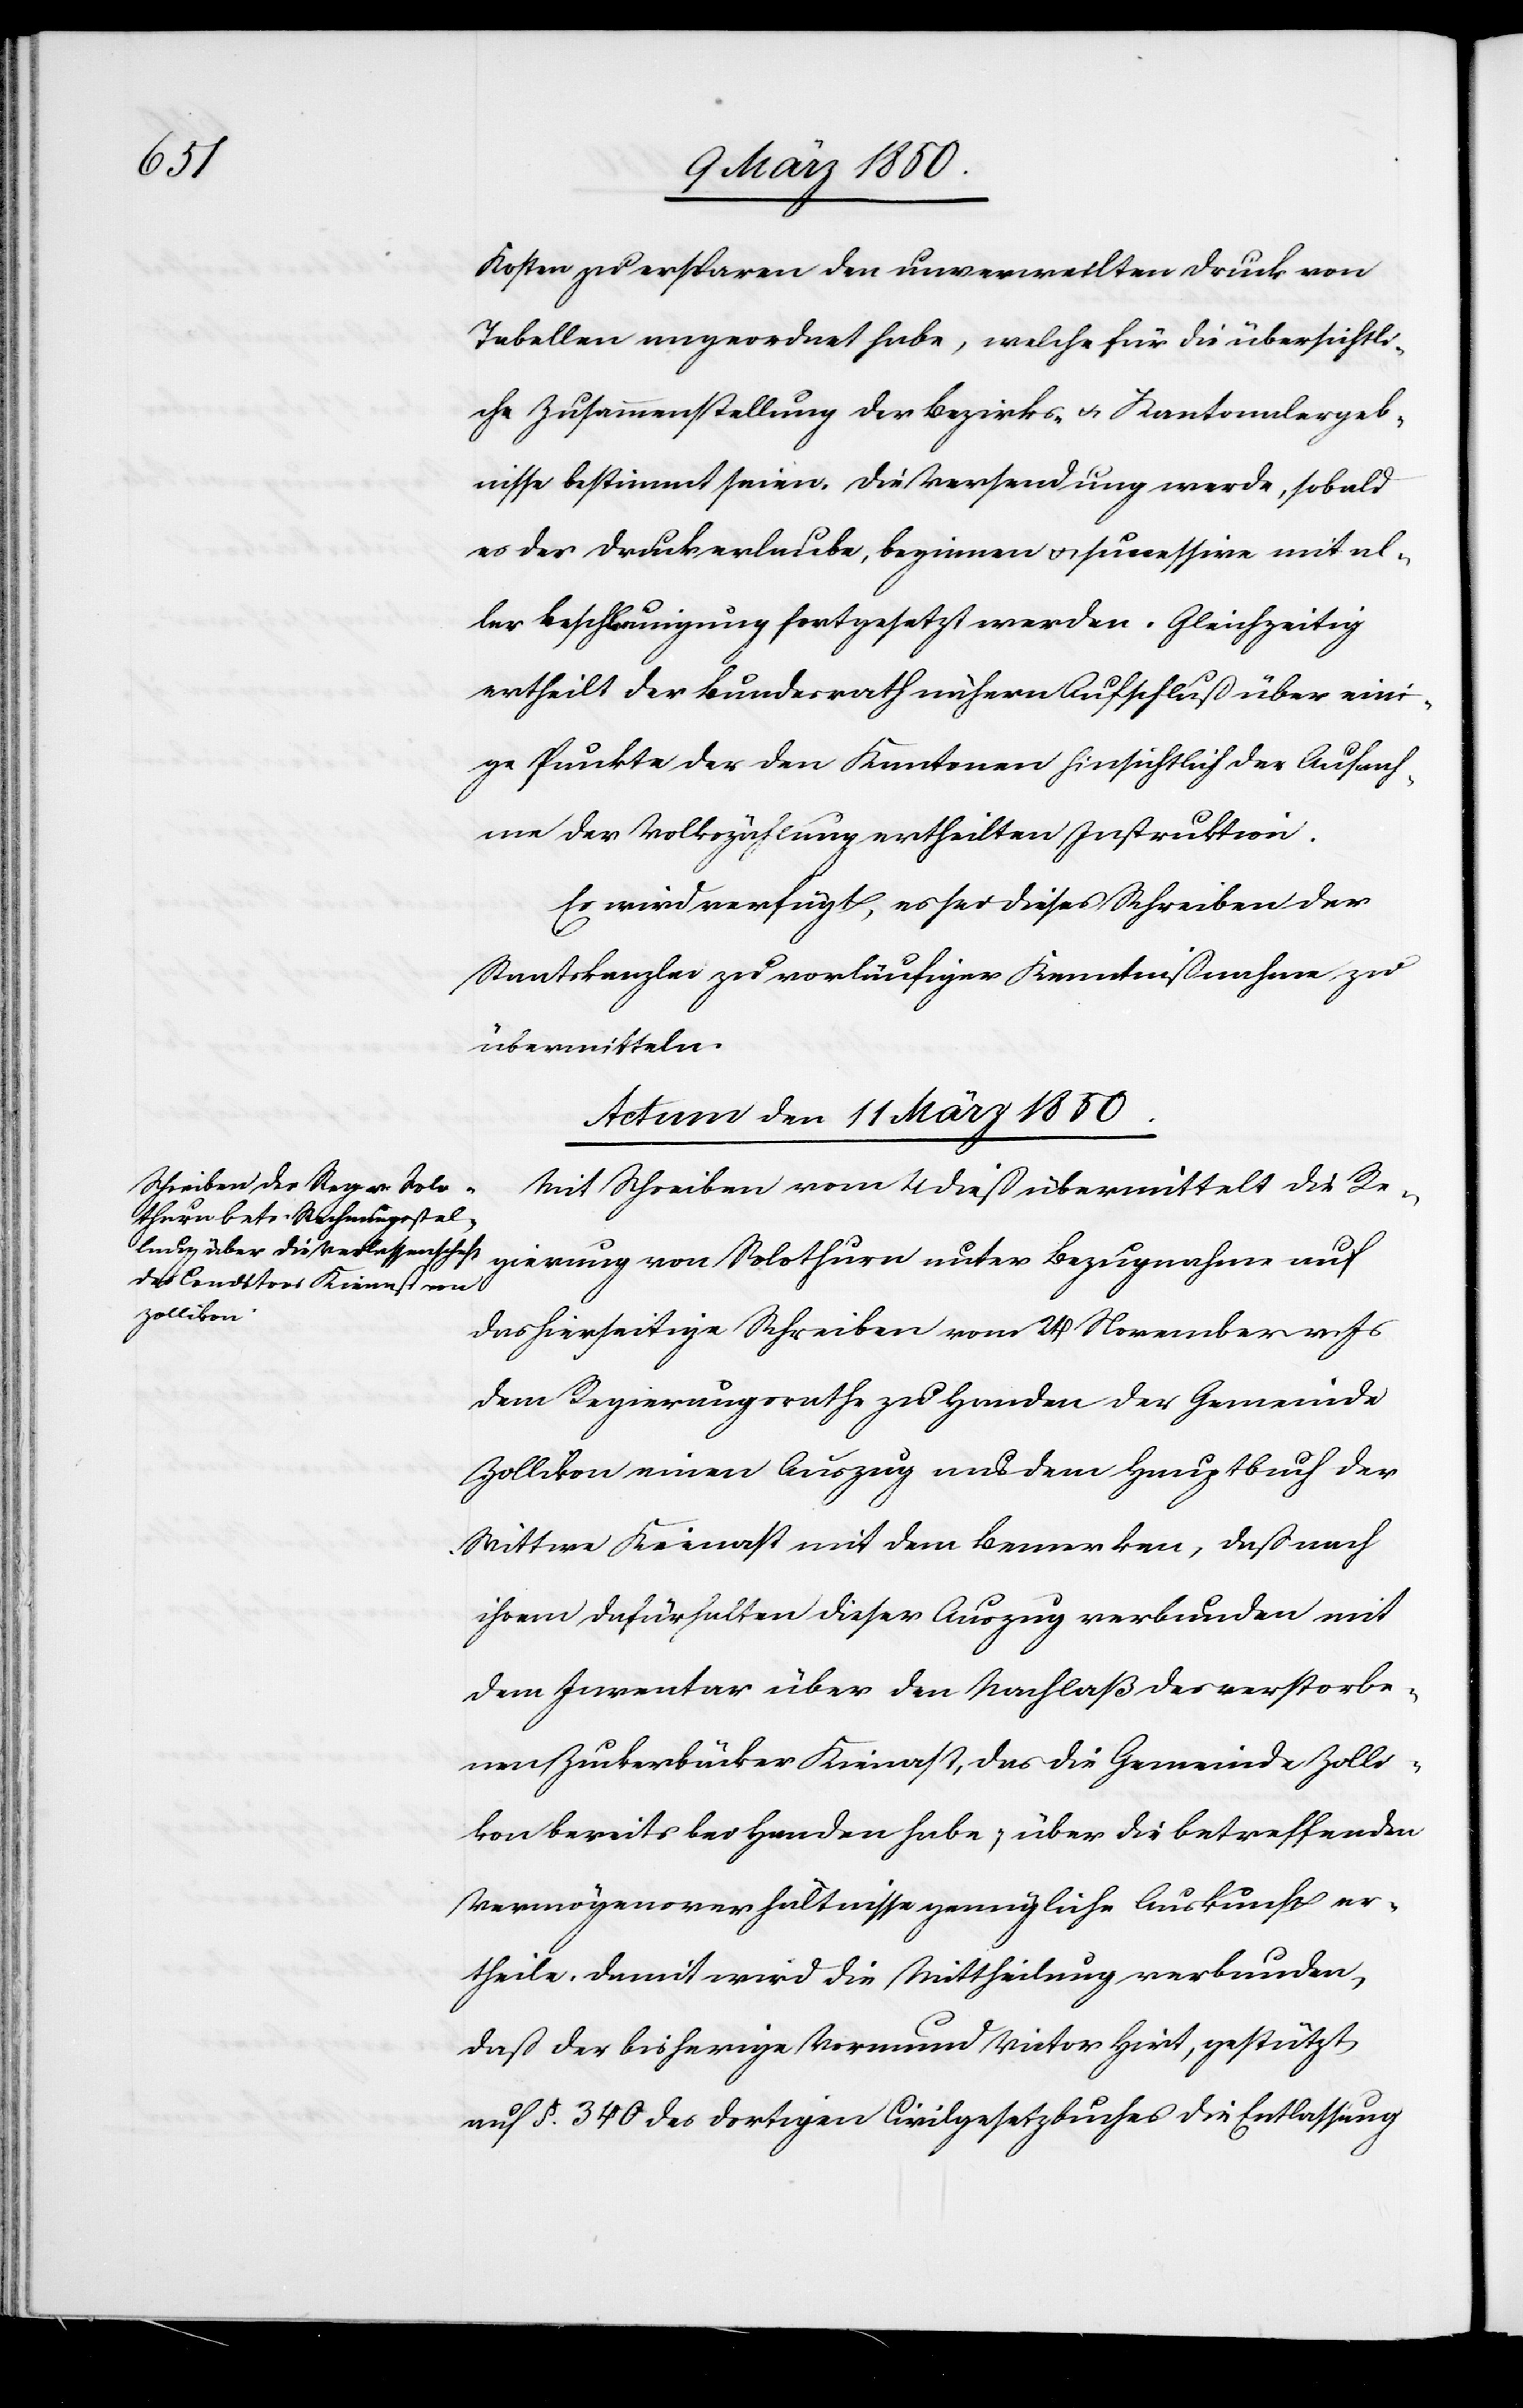
gierung

Kosten zu ersparen den unverweilten Druck von
Tabellen angeordnet habe, welche für die übersichtli¬
che Zusammenstellung der Bezirks- u. Kantonalergeb¬
nisse bestimmt seien. Die Versendung werde, sobald
es der Druck erlaube, beginnen u. successive mit al¬
ler Beschleunigung fortgesetzt werden. Gleichzeitig
ertheilt der Bundesrath nähern Aufschluß über eini¬
ge Punkte der den Kantonen hinsichtlich der Aufnah¬
me der Volkszählung ertheilten Instruktion.
Es wird verfügt, es sei dieses Schreiben der
Staatskanzlei zu vorläufiger Kenntnißnahme zu
übermitteln.
Actum den 11 März 1850
Mit Schreiben vom 4 dieß übermittelt die Re¬
das hierseitige Schreiben vom 24 November v. Js
dem Regierungsrathe zu Handen der Gemeinde
Zollikon einen Auszug aus dem Hauptbuch der
Wittwe Kienast mit dem Bemerken, daß nach
ihrem Dafürhalten dieser Auszug verbunden mit
dem Inventar über den Nachlaß des verstorbe¬
nen Zuckerbäcker Kienast, das die Gemeinde Zolli¬
kon bereits bei Handen habe, über die betreffenden
Vermögensverhältnisse genügliche Auskunft er¬
theile. Damit wird die Mittheilung verbunden,
daß der bisherige Vormund Victor Hirt, gestützt
auf §. 340 des dortigen Civilgesetzbuches die Entlassung